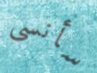
سأنسى